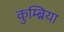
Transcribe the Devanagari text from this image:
कुम्ब्रिया